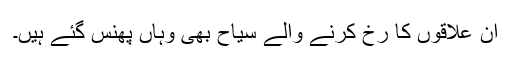
ان علاقوں کا رخ کرنے والے سیاح بھی وہاں پھنس گئے ہیں۔